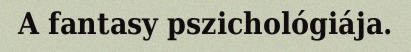
A fantasy pszichológiája.